Vaccination in Bombay 1913-1923 - 1913-1923
Year: 1913
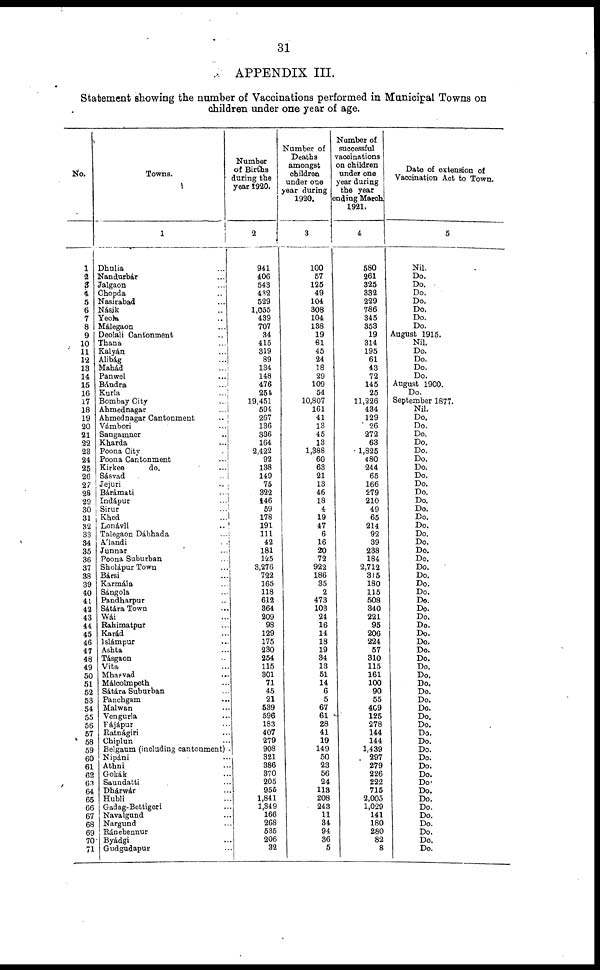
31
APPENDIX III.
Statement showing the number of Vaccinations performed in Municipal Towns on
children under one year of age.
No.
1
2
3
4
5
6
7
8
9
10
11
12
13
14
15
16
17
18
19
20
21
22
23
24
25
26
27
28
29
30
31
32
33
34
35
36
37
38
39
40
41
42
43
44
45
46
47
48
49
50
51
52
53
54
55
56
57
58
59
60
61
62
63
64
65
66
67
68
69
70
71
Towns.
1
Dhulia ...
Nandurbár ...
Jalgaon ...
Chopda ...
Nasirabad ...
Násik ...
Yeola ...
Málegaon ...
Deolali Cantonment ...
Thana ...
Kalyán ...
Alibág ...
Mahád ...
Panwel ...
Bándra ...
Kurla ...
Bombay City ...
Ahmednagar ...
Ahmednagar Cantonment ...
Vámbori ...
Sangamner ...
Kharda ...
Poona City ...
Poona Cantonment ...
Kirkee
do. ...
Sásvad ...
Jejuri ...
Bárámati ...
Indápur ...
Sirur ...
Khed ...
Lonávli ...
Talegaon Dábhada ...
Álandi
...
Junnar ...
Poona Suburban ...
Sholápur Town ...
Bársi ...
Karmála ...
Sángola ...
Pandharpur ...
Sátára Town ...
Wái ...
Rahimatpur ...
Karád ...
Islámpur ...
Ashta ...
Tásgaon ...
Vita ...
Mhasvad ...
Málcolmpeth ...
Sátára Suburban ...
Panchgam ...
Malwan ...
Vengurla ...
Pájápur ...
Ratnágiri ...
Chiplun ...
Belgaum (including cantonment).
Nipáni ...
Athni ...
Gokák ...
Saundatti ...
Dhárwár ...
Hubli ...
Gadag-Bettigeri ...
Navalgund ...
Nargund ...
Ránebennur ...
Byádgi ...
Gudgudapur ...
Number
of Births
during the
year 1920.
2
941
406
543
432
529
1,055
439
707
34
415
319
89
134
148
476
254
19,451
594
267
136
336
164
2,422
92
138
149
75
322
146
59
178
191
111
42
181
125
3,276
722
165
118
612
364
209
98
129
175
230
254
115
301
71
45
21
539
596
183
407
279
908
321
386
370
205
955
1,841
1,349
166
268
535
206
32
Number of
Deaths
amongst
children
under one
year during
1920.
3
100
57
125
49
104
308
104
138
19
81
45
24
18
29
109
54
10,807
161
41
13
45
13
1,388
60
63
21
13
46
18
4
19
47
6
16
20
72
922
186
35
2
473
103
24
16
14
18
19
34
13
51
14
6
5
67
61
28
41
19
149
50
23
56
24
113
208
243
11
34
94
36
5
Number of
successful
vaccinations
on children
under one
year during
the year
ending March
1921.
4
580
261
325
332
229
786
345
353
19
314
195
61
43
72
145
25
11,226
434
129
26
272
63
1,825
480
244
65
166
279
210
49
65
214
92
39
238
184
2,712
315
180
115
508
340
221
95
206
224
57
310
115
161
100
90
55
409
125
278
144
144
1,439
297
279
226
222
715
2,005
1,029
141
180
280
82
8
Date of extension of
Vaccination Act to Town.
5
Nil.
Do.
Do.
Do.
Do.
Do.
Do.
Do.
August 1915.
Nil.
Do.
Do.
Do.
Do.
August 1900.
Do.
September 1877.
Nil.
Do.
Do.
Do.
Do.
Do.
Do.
Do.
Do.
Do.
Do.
Do.
Do.
Do.
Do.
Do.
Do.
Do.
Do.
Do.
Do.
Do.
Do.
Do.
Do.
Do.
Do.
Do.
Do.
Do.
Do.
Do.
Do.
Do.
Do.
Do.
Do.
Do.
Do.
Do.
Do.
Do.
Do.
Do.
Do.
Do.
Do.
Do.
Do.
Do.
Do.
Do.
Do.
Do.